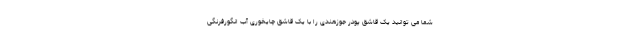
شما می توانید یک قاشق پودر جوزهندی را با یک قاشق چایخوری آب انگورفرنگی